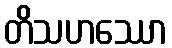
တိသဟဿော